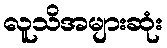
လူသိအများဆုံး